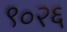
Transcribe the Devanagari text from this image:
९०२६